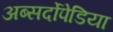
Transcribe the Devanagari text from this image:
अब्सर्दोपेडिया